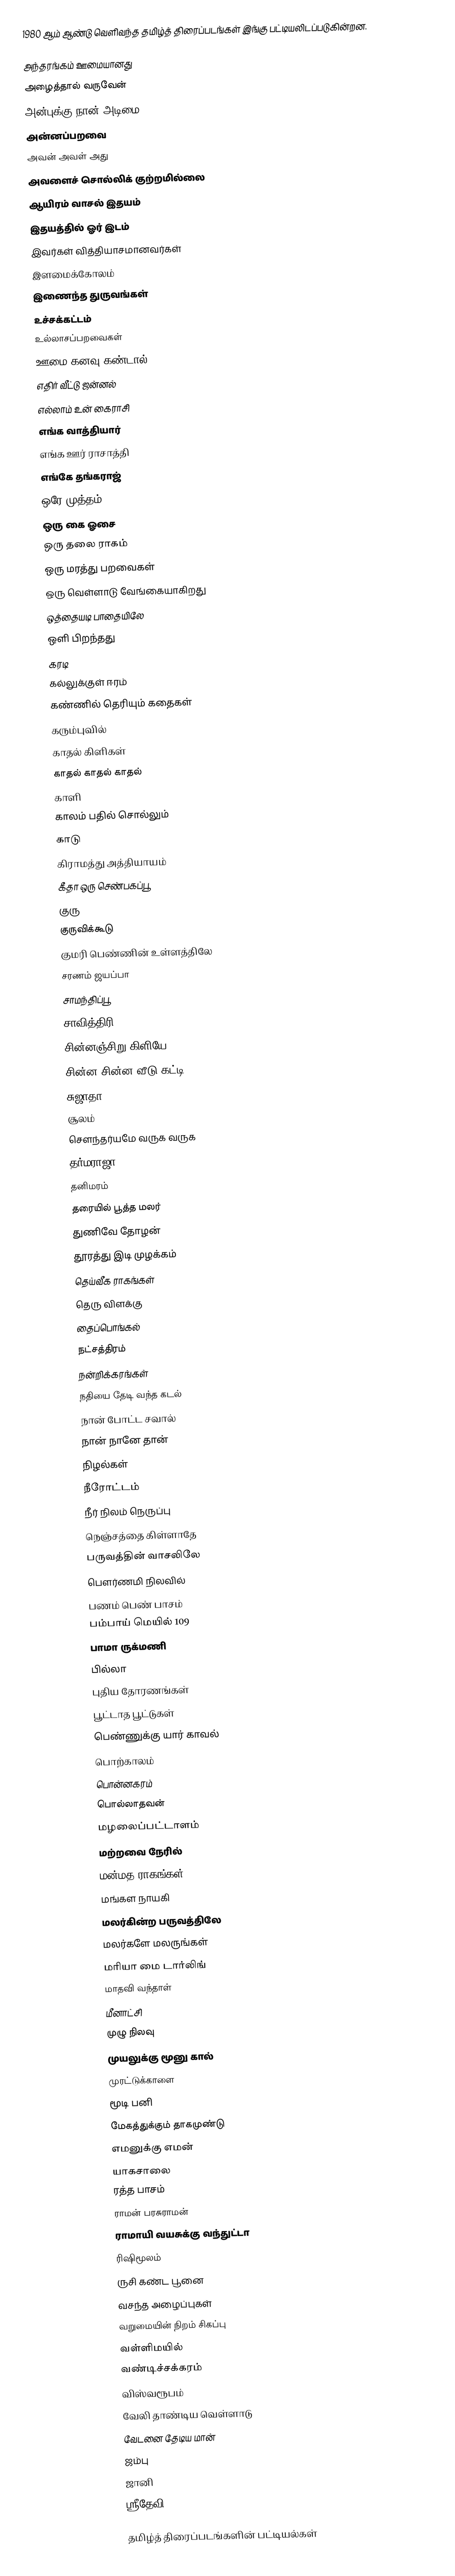
1980 ஆம் ஆண்டு வெளிவந்த தமிழ்த் திரைப்படங்கள் இங்கு பட்டியலிடப்படுகின்றன.

அந்தரங்கம் ஊமையானது
அழைத்தால் வருவேன்
அன்புக்கு நான் அடிமை
அன்னப்பறவை
அவன் அவள் அது
அவளைச் சொல்லிக் குற்றமில்லை
ஆயிரம் வாசல் இதயம்
இதயத்தில் ஓர் இடம்
இவர்கள் வித்தியாசமானவர்கள்
இளமைக்கோலம்
இணைந்த துருவங்கள்
உச்சக்கட்டம்
உல்லாசப்பறவைகள்
ஊமை கனவு கண்டால்
எதிர் வீட்டு ஜன்னல்
எல்லாம் உன் கைராசி
எங்க வாத்தியார்
எங்க ஊர் ராசாத்தி
எங்கே தங்கராஜ்
ஒரே முத்தம்
ஒரு கை ஓசை
ஒரு தலை ராகம்
ஒரு மரத்து பறவைகள்
ஒரு வெள்ளாடு வேங்கையாகிறது
ஒத்தையடி பாதையிலே
ஒளி பிறந்தது
கரடி
கல்லுக்குள் ஈரம்
கண்ணில் தெரியும் கதைகள்
கரும்புவில்
காதல் கிளிகள்
காதல் காதல் காதல்
காளி
காலம் பதில் சொல்லும்
காடு
கிராமத்து அத்தியாயம்
கீதா ஒரு செண்பகப்பூ
குரு
குருவிக்கூடு
குமரி பெண்ணின் உள்ளத்திலே
சரணம் ஜயப்பா
சாமந்திப்பூ
சாவித்திரி
சின்னஞ்சிறு கிளியே
சின்ன சின்ன வீடு கட்டி
சுஜாதா
சூலம்
சௌந்தர்யமே வருக வருக
தர்மராஜா
தனிமரம்
தரையில் பூத்த மலர்
துணிவே தோழன்
தூரத்து இடி முழக்கம்
தெய்வீக ராகங்கள்
தெரு விளக்கு
தைப்பொங்கல்
நட்சத்திரம்
நன்றிக்கரங்கள்
நதியை தேடி வந்த கடல்
நான் போட்ட சவால்
நான் நானே தான்
நிழல்கள்
நீரோட்டம்
நீர் நிலம் நெருப்பு
நெஞ்சத்தை கிள்ளாதே
பருவத்தின் வாசலிலே
பௌர்ணமி நிலவில்
பணம் பெண் பாசம்
பம்பாய் மெயில் 109
பாமா ருக்மணி
பில்லா
புதிய தோரணங்கள்
பூட்டாத பூட்டுகள்
பெண்ணுக்கு யார் காவல்
பொற்காலம்
பொன்னகரம்
பொல்லாதவன்
மழலைப்பட்டாளம்
மற்றவை நேரில்
மன்மத ராகங்கள்
மங்கள நாயகி
மலர்கின்ற பருவத்திலே
மலர்களே மலருங்கள்
மரியா மை டார்லிங்
மாதவி வந்தாள்
மீனாட்சி
முழு நிலவு
முயலுக்கு மூனு கால்
முரட்டுக்காளை
மூடி பனி
மேகத்துக்கும் தாகமுண்டு
எமனுக்கு எமன்
யாகசாலை
ரத்த பாசம்
ராமன் பரசுராமன்
ராமாயி வயசுக்கு வந்துட்டா
ரிஷிமூலம்
ருசி கண்ட பூனை
வசந்த அழைப்புகள்
வறுமையின் நிறம் சிகப்பு
வள்ளிமயில்
வண்டிச்சக்கரம்
விஸ்வரூபம்
வேலி தாண்டிய வெள்ளாடு
வேடனை தேடிய மான்
ஜம்பு
ஜானி
ஸ்ரீதேவி

தமிழ்த் திரைப்படங்களின் பட்டியல்கள்